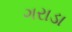
ગરાડા